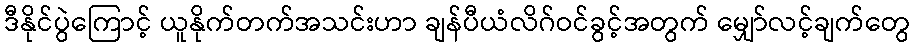
ဒီနိုင်ပွဲကြောင့် ယူနိုက်တက်အသင်းဟာ ချန်ပီယံလိဂ်ဝင်ခွင့်အတွက် မျှော်လင့်ချက်တွေ